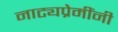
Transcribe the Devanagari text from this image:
नाट्यप्रेमींनी